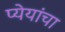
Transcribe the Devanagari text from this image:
प्येयांचा